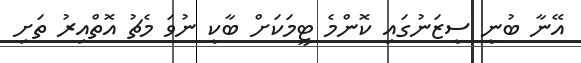
އޭނާ ބުނީ ސީޒަނުގައި ކޮންމެ ޓީމަކަށް ބާކީ ނުވަ މެޗު އޮތްއިރު ތަށި